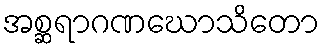
အစ္ဆရာဂဏဃောသိတော